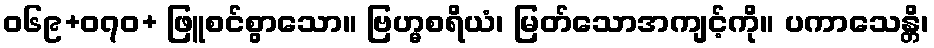
ဝ၆၉+၀၇ဝ+ ဖြူစင်စွာသော။ ဗြဟ္မစရိယံ၊ မြတ်သောအကျင့်ကို။ ပကာသေန္တိ၊